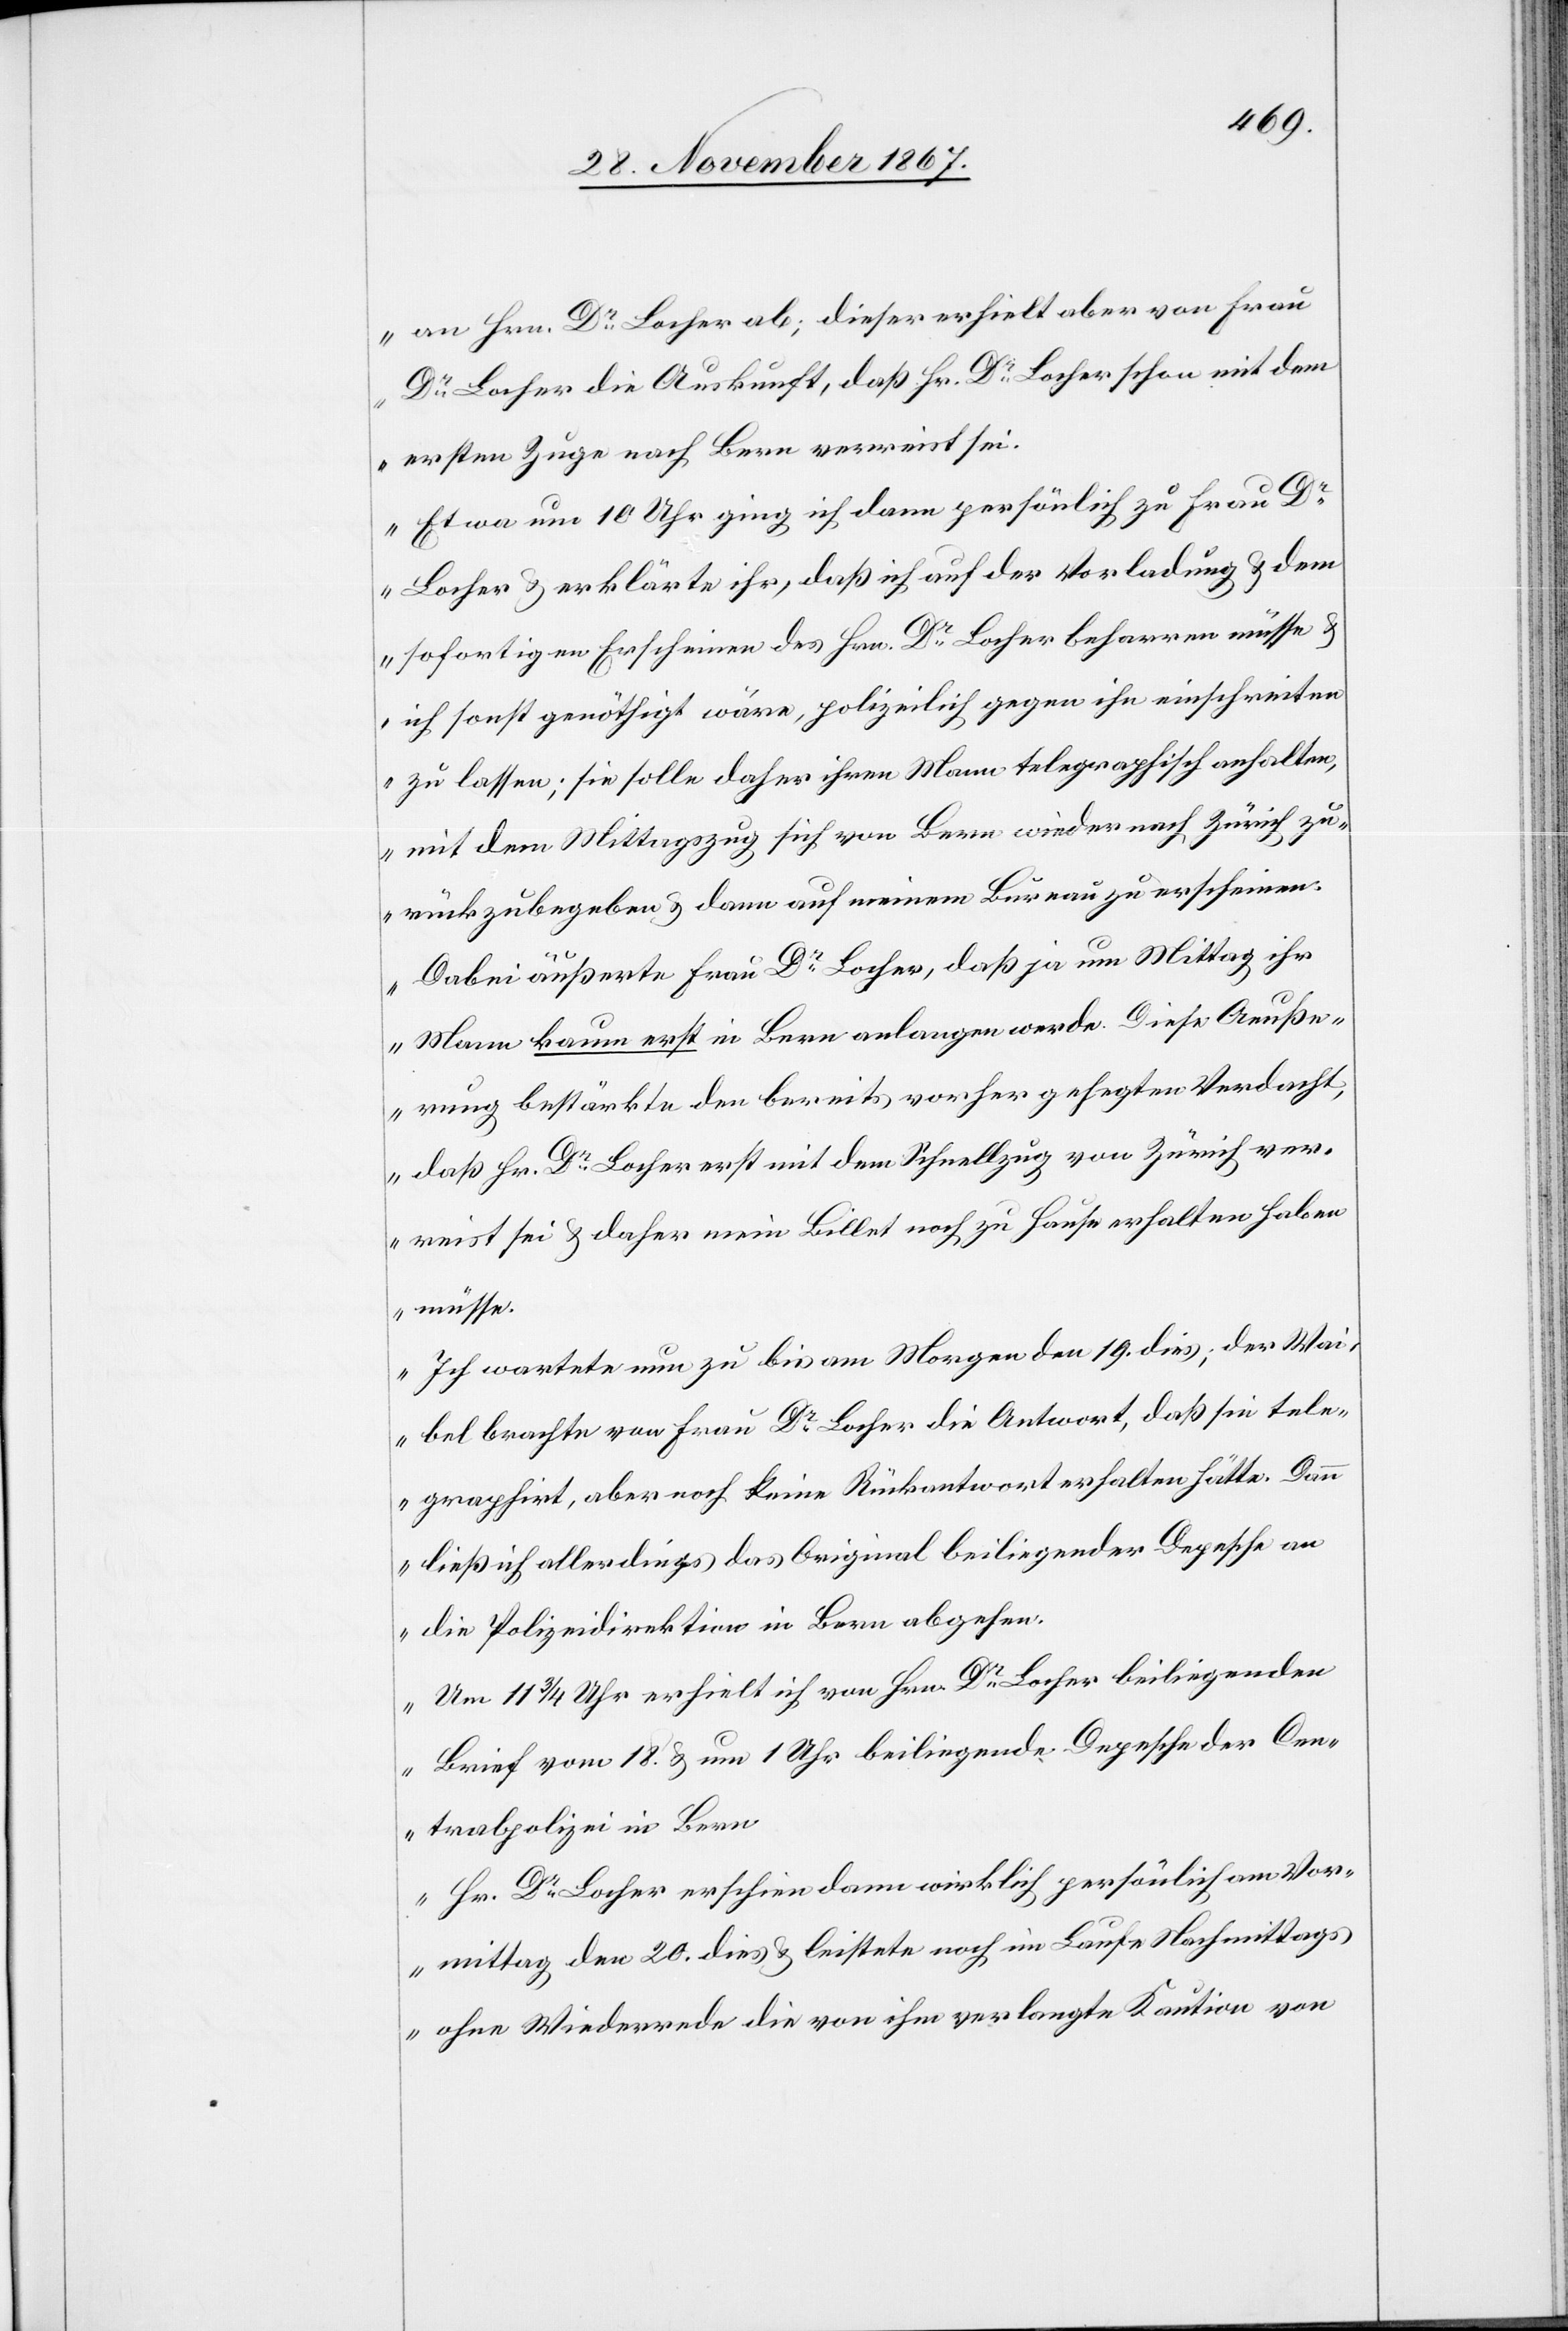
an Hrn. Dr. Locher ab; dieser erhielt aber von Frau
Dr. Locher die Auskunft, daß Hr. Dr. Locher schon mit dem
ersten Zuge nach Bern verreist sei.
Etwa um 10 Uhr ging ich dann persönlich zu Frau Dr.
Locher u. erklärte ihr, daß ich auf der Vorladung u. dem
sofortigen Erscheinen des Hrn. Dr. Locher beharren müsse u.
ich sonst genöthigt wäre, polizeilich gegen ihn einschreiten
zu lassen; sie solle daher ihren Mann telegraphisch anhalten,
mit dem Mittagszug sich von Bern wieder nach Zürich zu¬
rückzubegeben u. dann auf meinem Bureau zu erscheinen.
Dabei äußerte Frau Dr. Locher, daß ja um Mittag ihr
Mann kaum erst in Bern anlangen werde. Die Aeuße¬
rung bestärkte den bereits vorher gehegten Verdacht,
daß Hr. Dr. Locher erst mit dem Schnellzug von Zürich ver¬
reist sei u. daher mein Billet noch zu Hause erhalten haben
müsse.
Ich wartete nun zu bis am Morgen des 19. dies; der Wai¬
bel brachte von Frau Dr. Locher die Antwort, daß sie tele¬
graphirt, aber noch keine Rückantwort erhalten hätte. Dann
ließ ich allerdings das Original beiliegender Depesche an
die Polizeidirektion in Bern abgehen.
Um 11 ¾ erhielt ich von Hrn. Dr. Locher beiliegenden
Brief vom 18. u. um 1 Uhr beiliegende Depesche der Cen¬
tralpolizei in Bern.
Hr. Dr. Locher erschien dann wirklich persönlich am Vor¬
mittag den 20. dies u. leistete noch im Laufe Nachmittags
ohne Wiederworte die von ihm verlangte Kaution von